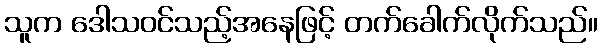
သူက ဒေါသဝင်သည့်အနေဖြင့် တက်ခေါက်လိုက်သည်။